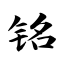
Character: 铭